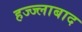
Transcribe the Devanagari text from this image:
हज्ज्लाबाद